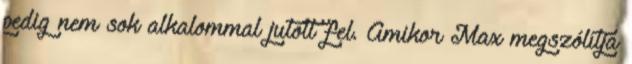
pedig nem sok alkalommal jutott fel. Amikor Max megszólítja